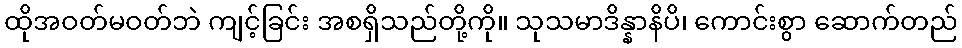
ထိုအဝတ်မဝတ်ဘဲ ကျင့်ခြင်း အစရှိသည်တို့ကို။ သုသမာဒိန္နာနိပိ၊ ကောင်းစွာ ဆောက်တည်